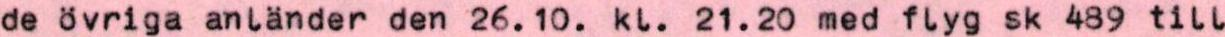
de övriga anländer den 26.10. kl. 21.20 med flyg sk 489 till